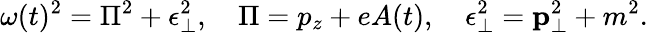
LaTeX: \omega(t)^{2}=\Pi^{2}+\epsilon_{\perp}^{2},\quad\Pi=p_{z}+eA(t),\quad\epsilon_{\perp}^{2}=\textbf{p}_{\perp}^{2}+m^{2}.